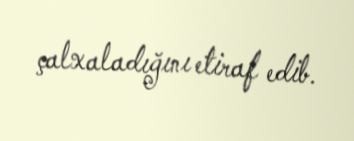
çalxaladığını etiraf edib.